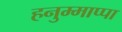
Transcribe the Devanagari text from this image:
हनुम्माप्पा